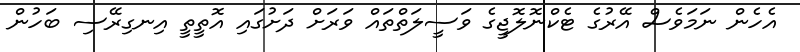
އެހެން ނަމަވެސް އޭރުގެ ޓެކްނޮލޮޖީގެ ވަސީލަތްތައް ވަރަށް ދަށުގައި އޮތީތީ އިނގިރޭސި ބަހުން